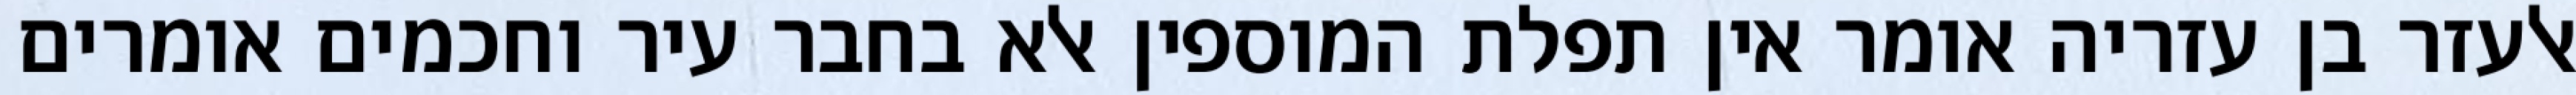
אלעזר בן עזריה אומר אין תפלת המוספין אלא בחבר עיר וחכמים אומרים